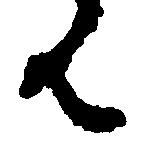
ん